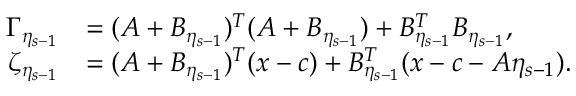
\begin{array} { r l } { \Gamma _ { \eta _ { s - 1 } } } & { = ( A + { \cal B } _ { \eta _ { s - 1 } } ) ^ { T } ( A + { \cal B } _ { \eta _ { s - 1 } } ) + { \cal B } _ { \eta _ { s - 1 } } ^ { T } { \cal B } _ { \eta _ { s - 1 } } , } \\ { \zeta _ { \eta _ { s - 1 } } } & { = ( A + { \cal B } _ { \eta _ { s - 1 } } ) ^ { T } ( x - c ) + { \cal B } _ { \eta _ { s - 1 } } ^ { T } ( x - c - A \eta _ { s - 1 } ) . } \end{array}